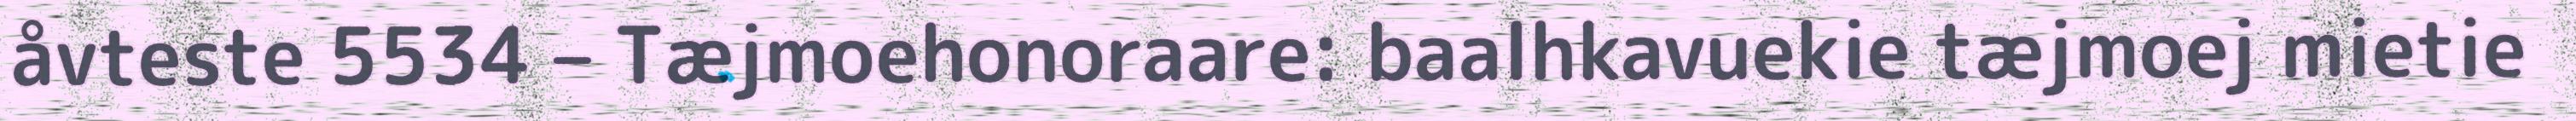
åvteste 5534 – Tæjmoehonoraare: baalhkavuekie tæjmoej mietie